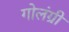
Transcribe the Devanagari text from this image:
गोलंग्री